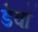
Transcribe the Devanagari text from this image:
डेवॉ